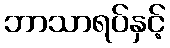
ဘာသာရပ်နှင့်